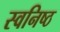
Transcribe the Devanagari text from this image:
स्वनिष्ठ